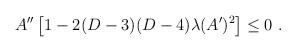
LaTeX: \begin{align*}A^{\prime\prime}\left[1-2(D-3)(D-4)\lambda(A^\prime)^2\right]\leq 0~.\end{align*}